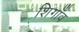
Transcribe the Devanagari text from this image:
शिगाँव